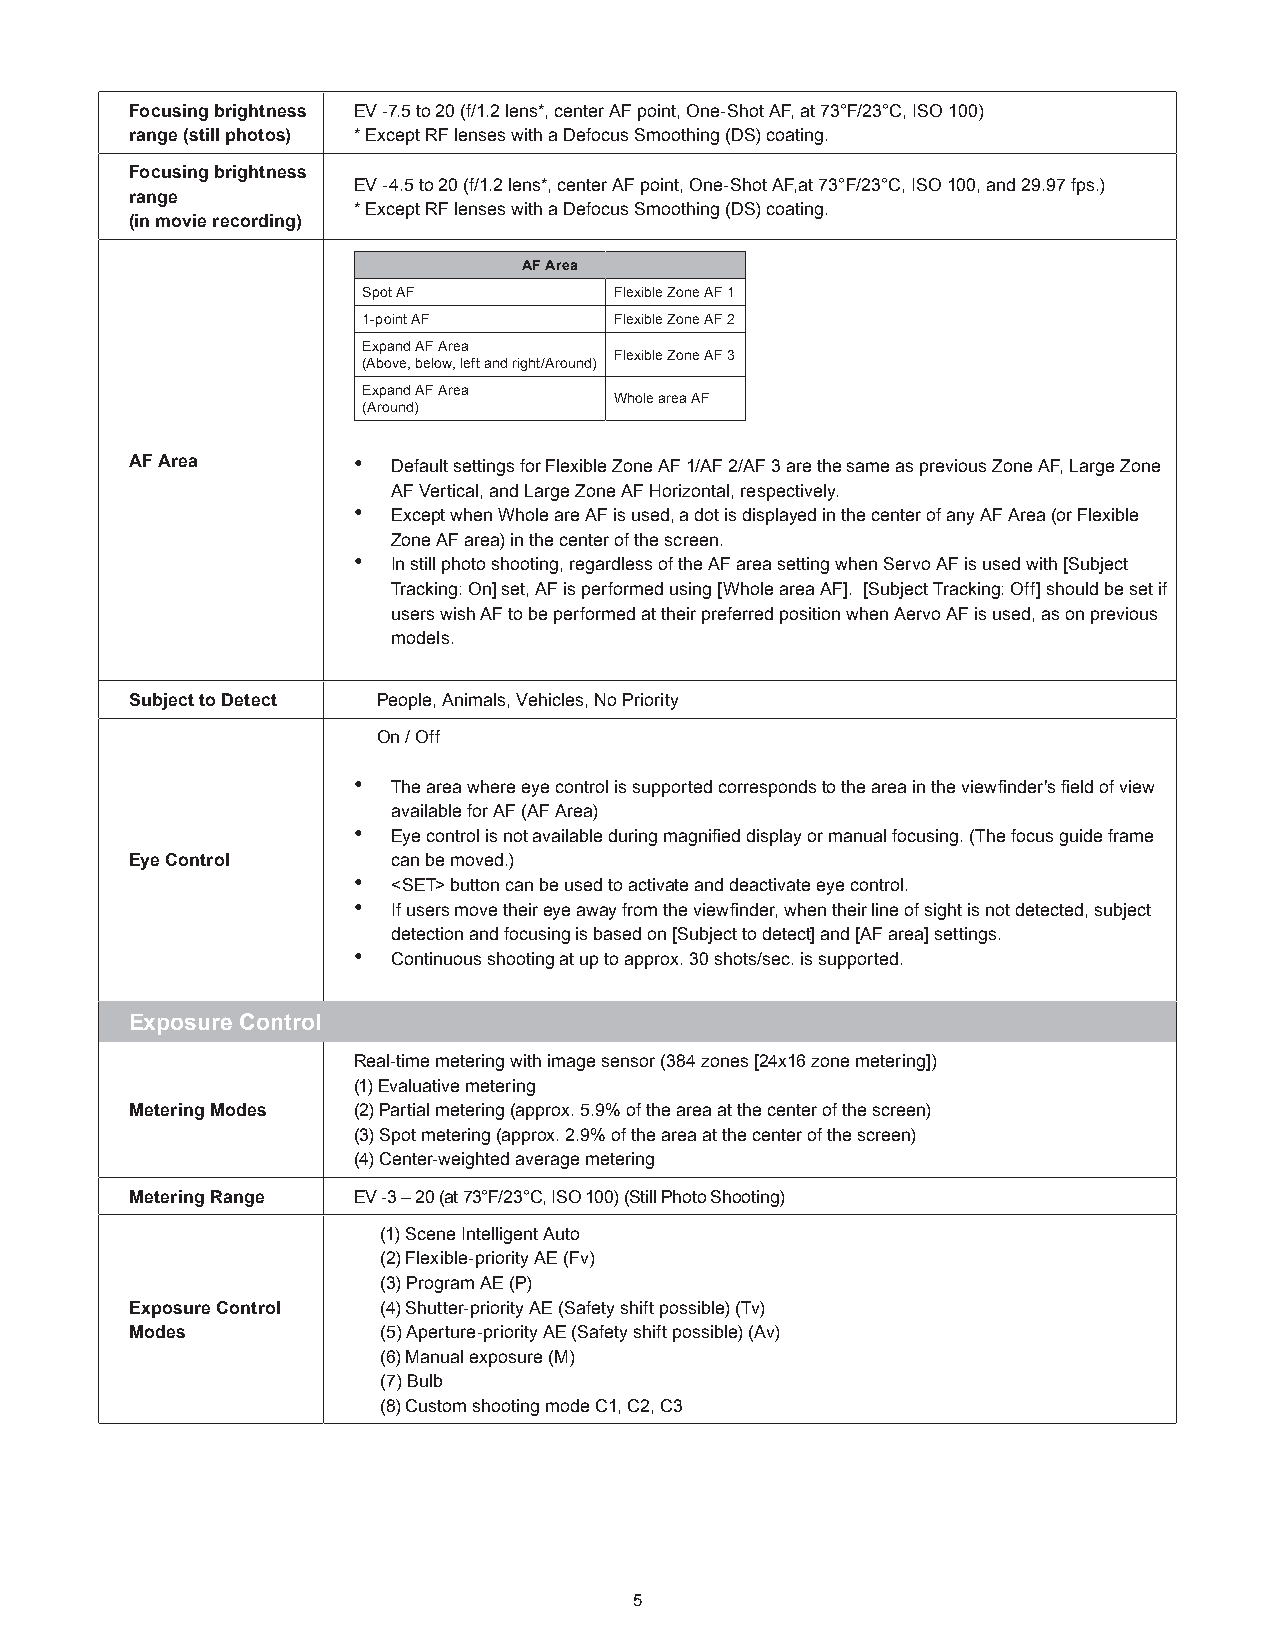
Focusing brightness EV -7.5 to 20 (f/1.2 lens*, center AF point, One-Shot AF, at 73°F/23°C, ISO 100)
 range (still photos) * Except RF lenses with a Defocus Smoothing (DS) coating.
 Focusing brightness
 EV -4.5 to 20 (f/1.2 lens*, center AF point, One-Shot AF,at 73°F/23°C, ISO 100, and 29.97 fps.)
 range
 * Except RF lenses with a Defocus Smoothing (DS) coating.
 (in movie recording)
 AF Area
 Spot AF          Flexible Zone AF 1
 1-point AF       Flexible Zone AF 2
 Expand AF Area
 Flexible Zone AF 3
 (Above, below, left and right/Around)
 Expand AF Area
 Whole area AF
 (Around)
 AF Area       •  Default settings for Flexible Zone AF 1/AF 2/AF 3 are the same as previous Zone AF, Large Zone
 AF Vertical, and Large Zone AF Horizontal, respectively.
 •  Except when Whole are AF is used, a dot is displayed in the center of any AF Area (or Flexible
 Zone AF area) in the center of the screen.
 •  In still photo shooting, regardless of the AF area setting when Servo AF is used with [Subject
 Tracking: On] set, AF is performed using [Whole area AF]. [Subject Tracking: Off] should be set if
 users wish AF to be performed at their preferred position when Aervo AF is used, as on previous
 models.
 Subject to Detect People, Animals, Vehicles, No Priority
 On / Off
 •  The area where eye control is supported corresponds to the area in the viewfinder's field of view
 available for AF (AF Area)
 •  Eye control is not available during magnified display or manual focusing. (The focus guide frame
 Eye Control      can be moved.)
 •  <SET> button can be used to activate and deactivate eye control.
 •  If users move their eye away from the viewfinder, when their line of sight is not detected, subject
 detection and focusing is based on [Subject to detect] and [AF area] settings.
 •  Continuous shooting at up to approx. 30 shots/sec. is supported.
 Exposure Control
 Real-time metering with image sensor (384 zones [24x16 zone metering])
 (1) Evaluative metering
 Metering Modes (2) Partial metering (approx. 5.9% of the area at the center of the screen)
 (3) Spot metering (approx. 2.9% of the area at the center of the screen)
 (4) Center-weighted average metering
 Metering Range EV -3 – 20 (at 73°F/23°C, ISO 100) (Still Photo Shooting)
 (1) Scene Intelligent Auto
 (2) Flexible-priority AE (Fv)
 (3) P rogram AE (P)
 Exposure Control (4) Shutter-priority AE (Safety shift possible) (Tv)
 Modes           (5) Aperture-priority AE (Safety shift possible) (Av)
 (6) Manual exposure (M)
 (7) Bulb
 (8) Custom shooting mode C1, C2, C3
 5